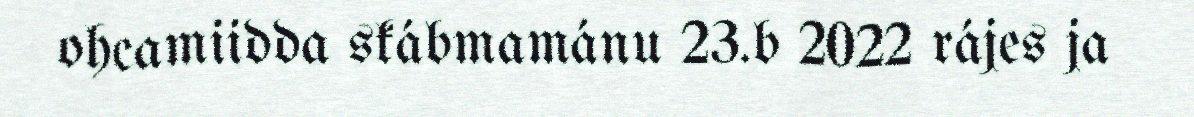
ohcamiidda skábmamánu 23.b 2022 rájes ja